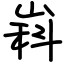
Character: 嵙